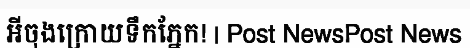
អីចុងក្រោយទឹកភ្នែក! | Post NewsPost News